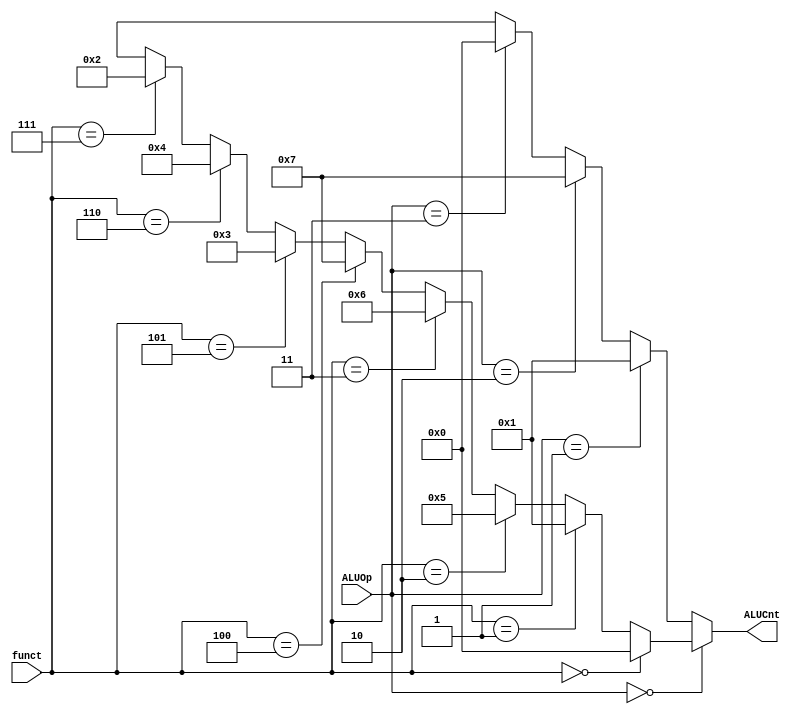
`timescale 1ns / 1ps
//////////////////////////////////////////////////////////////////////////////////
// Company: 
// Engineer: 
// 
// Design Name: 
// Module Name:    alucontrol 
// Project Name: 
// Target Devices: 
// Tool versions: 
// Description: 
//
// Dependencies: 
//
// Revision: 
// Revision 0.01 - File Created
// Additional Comments: 
//
//////////////////////////////////////////////////////////////////////////////////
module alucontrol(input[2:0] ALUOp, input[5:0] funct, output[3:0] ALUCnt);
	
	assign ALUCnt = ALUOp == 3'b000 ? ( funct == 6'b000000 ? 4'b0000  :
													funct == 6'b000001 ? 4'b0001 :
													funct == 6'b000010 ? 4'b0101 :
													funct == 6'b000011 ? 4'b0110 :
													funct == 6'b000100 ? 4'b0111 :
													funct == 6'b000101 ? 4'b0011 :
													funct == 6'b000110 ? 4'b0100 :
													funct == 6'b000111 ? 4'b0010 : 4'bxxxx) :
							ALUOp == 3'b001 ? 4'b0001:
							ALUOp == 3'b010 ? 4'b0111:
							ALUOp == 3'b011 ? 4'b0000: 4'bxxxx;
endmodule